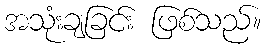
အသုံးချခြင်း ဖြစ်သည်။